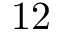
1 2